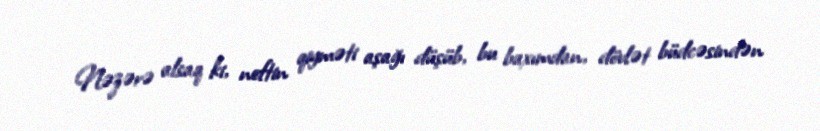
Nəzərə alsaq ki, neftin qiyməti aşağı düşüb, bu baxımdan, dövlət büdcəsindən